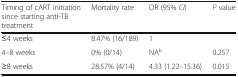
<table><thead><tr><td><b>Timing of cART initiation since starting anti-TB treatment</b></td><td><b>Mortality rate</b></td><td><b>OR (95% <i>CI</i>)</b></td><td><b><i>P</i> value</b></td></tr></thead><tbody><tr><td>≤4 weeks</td><td>8.47% (16/189)</td><td>1</td><td></td></tr><tr><td>4–8 weeks</td><td>0% (0/14)</td><td>NA<sup>b</sup></td><td>0.257</td></tr><tr><td>≥8 weeks</td><td>28.57% (4/14)</td><td>4.33 (1.22–15.36)</td><td>0.015</td></tr></tbody></table>